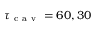
\tau _ { \mathrm { ~ c ~ a ~ v ~ } } = 6 0 , 3 0